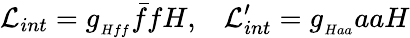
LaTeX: {\cal L}_{int}=g_{{}_{Hff}}\bar{f}fH,\, \, \, \, \, {\cal L}_{int}^{\prime}=g_{{}_{Haa}}aaH